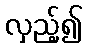
လှည့်၍